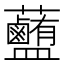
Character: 𧅽